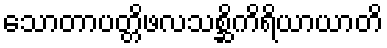
သောတာပတ္တိဖလသစ္ဆိကိရိယာယာတိ